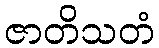
ဇာတိသတံ